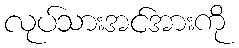
လုပ်သားအင်အားကို